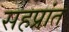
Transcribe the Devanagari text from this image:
सहप्रांत